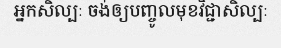
អ្នកសិល្បៈ ចង់ឲ្យបញ្ចូលមុខវិជ្ជាសិល្បៈ